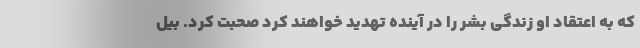
که به اعتقاد او زندگی بشر را در آینده تهدید خواهند کرد صحبت کرد. بیل